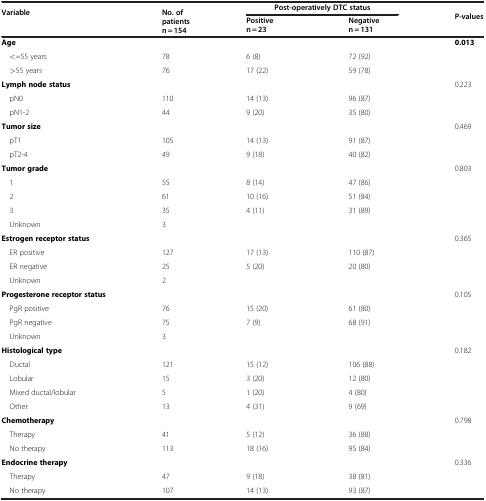
| <ROWSPAN=2> Variable | <ROWSPAN=2> No. of patients n = 154 | <COLSPAN=2> Post-operatively DTC status | <ROWSPAN=2> P-values |
 | Positive n = 23 | Negative n = 131 |
 | --- | --- | --- | --- | --- |
 | Age |  |  |  | 0.013 |
 | <=55 years | 78 | 6 (8) | 72 (92) |  |
 | >55 years | 76 | 17 (22) | 59 (78) |  |
 | Lymph node status |  |  |  | 0.223 |
 | pN0 | 110 | 14 (13) | 96 (87) |  |
 | pN1-2 | 44 | 9 (20) | 35 (80) |  |
 | Tumor size |  |  |  | 0.469 |
 | pT1 | 105 | 14 (13) | 91 (87) |  |
 | pT2-4 | 49 | 9 (18) | 40 (82) |  |
 | Tumor grade |  |  |  | 0.803 |
 | 1 | 55 | 8 (14) | 47 (86) |  |
 | 2 | 61 | 10 (16) | 51 (84) |  |
 | 3 | 35 | 4 (11) | 31 (89) |  |
 | Unknown | 3 |  |  |  |
 | Estrogen receptor status |  |  |  | 0.365 |
 | ER positive | 127 | 17 (13) | 110 (87) |  |
 | ER negative | 25 | 5 (20) | 20 (80) |  |
 | Unknown | 2 |  |  |  |
 | Progesterone receptor status |  |  |  | 0.105 |
 | PgR positive | 76 | 15 (20) | 61 (80) |  |
 | PgR negative | 75 | 7 (9) | 68 (91) |  |
 | Unknown | 3 |  |  |  |
 | Histological type |  |  |  | 0.182 |
 | Ductal | 121 | 15 (12) | 106 (88) |  |
 | Lobular | 15 | 3 (20) | 12 (80) |  |
 | Mixed ductal/lobular | 5 | 1 (20) | 4 (80) |  |
 | Other | 13 | 4 (31) | 9 (69) |  |
 | Chemotherapy |  |  |  | 0.798 |
 | Therapy | 41 | 5 (12) | 36 (88) |  |
 | No therapy | 113 | 18 (16) | 95 (84) |  |
 | Endocrine therapy |  |  |  | 0.336 |
 | Therapy | 47 | 9 (18) | 38 (81) |  |
 | No therapy | 107 | 14 (13) | 93 (87) |  |